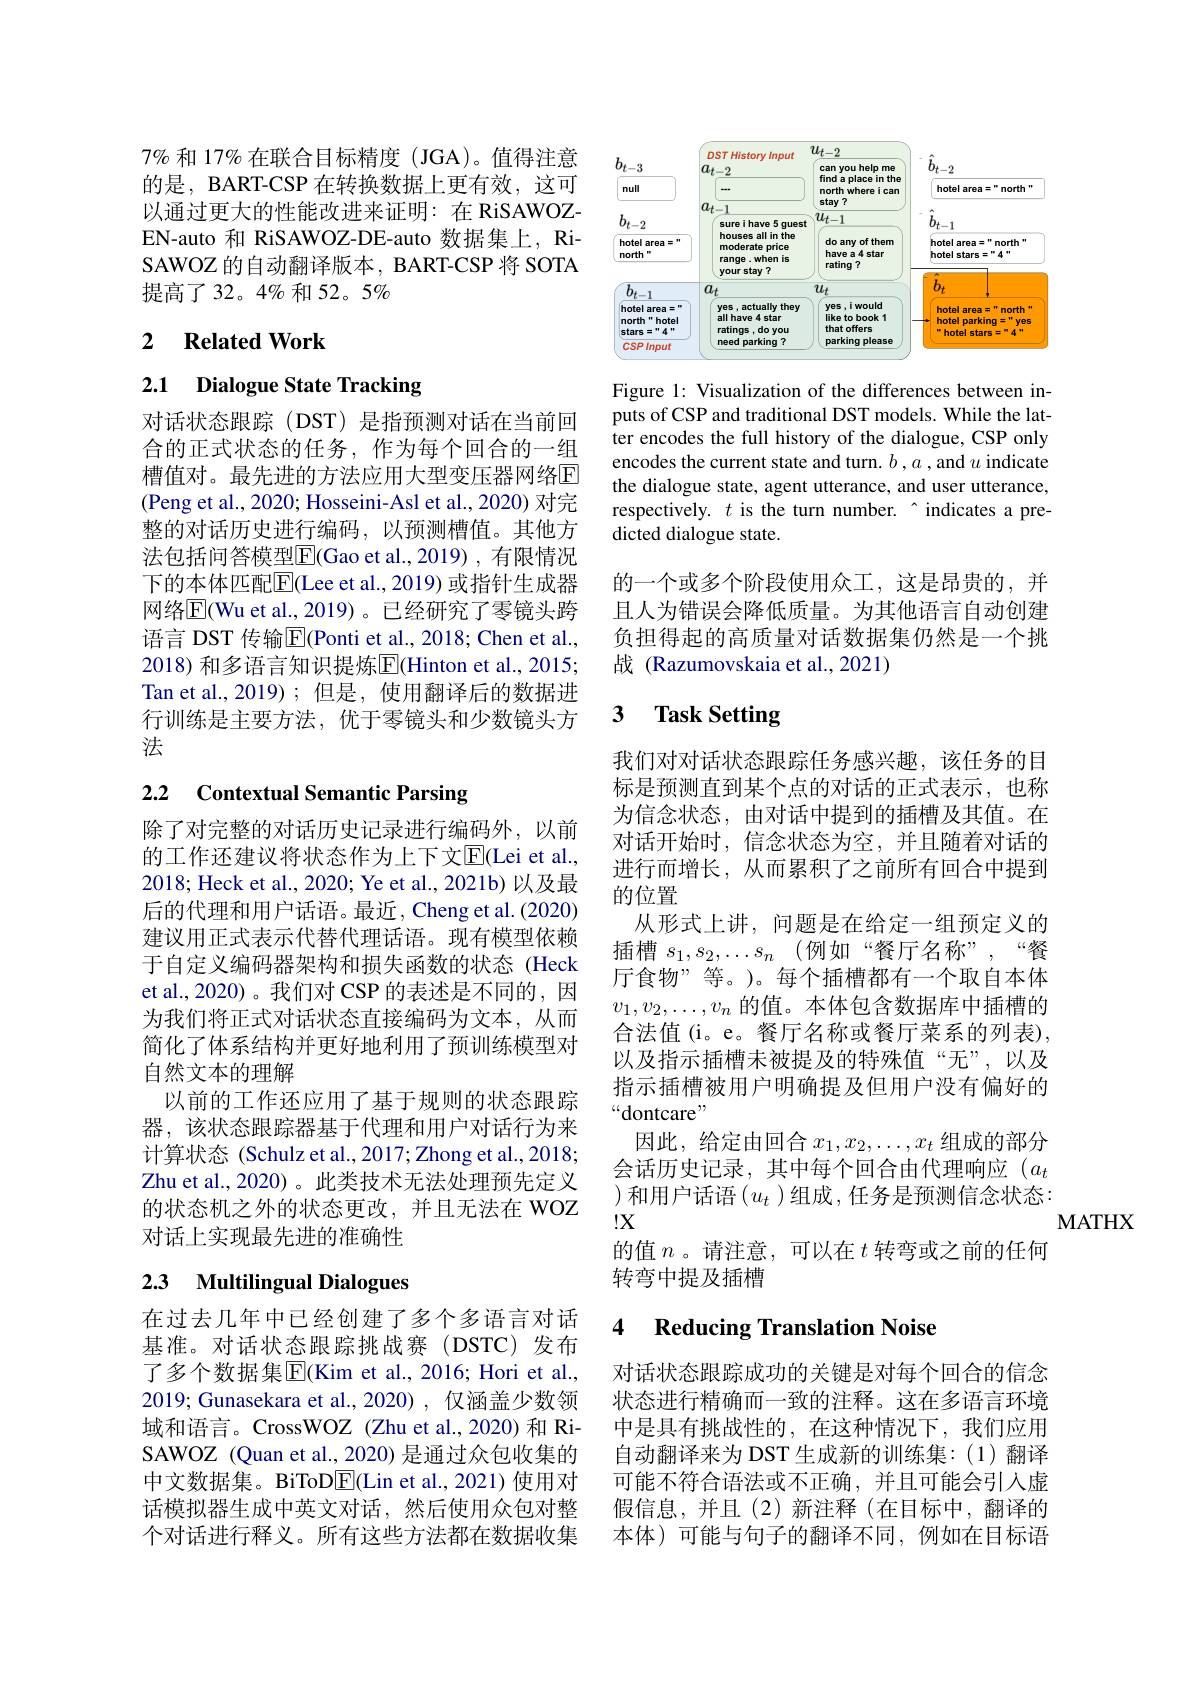
$7\%$和 17% 在联合目标精度 (JGA)。值得注意的是，BART-CSP 在转换数据上更有效，这可以通过更大的性能改进来证明：在 RiSAWOZEN-auto 和 RiSAWOZ-DE-auto 数据集上，RiSAWOZ 的自动翻译版本，BART-CSP 将 SOTA 提高了32。4%和52。5%

## 2 $\textbf{Related Work}$

2.1 Dialogue State Tracking

对话状态跟踪(DST)是指预测对话在当前回合的正式状态的任务，作为每个回合的一组槽值对。最先进的方法应用大型变压器网络E (Peng et al., 2020; Hosseini-Asl et al., 2020) 对完整的对话历史进行编码，以预测槽值。其他方法包括问答模型$\overline{\mathrm{E}}($Gao et al.,2019),有限情况下的本体匹配$\overline{\mathrm{E}}($Lee et al., 2019) 或指针生成器网络$\overline{\mathrm{E}}($Wu et al.,2019)。已经研究了零镜头跨语言 DST 传输$\overline{\mathrm{E}}$(Ponti et al., 2018; Chen et al., 2018) 和多语言知识提炼$\overline{\mathrm{E}}($Hinton et al., 2015; Tan et al.,2019);但是，使用翻译后的数据进行训练是主要方法，优于零镜头和少数镜头方法

# 2.2 Contextual Semantic Parsing

除了对完整的对话历史记录进行编码外，以前的工作还建议将状态作为上下文$\overline{\mathrm{E}}($Lei et al. 2018; Heck et al., 2020; Ye et al., 2021b) 以及最后的代理和用户话语。最近，Cheng et al.(2020) 建议用正式表示代替代理话语。现有模型依赖于自定义编码器架构和损失函数的状态(Heck et al., 2020)。我们对 CSP 的表述是不同的，因为我们将正式对话状态直接编码为文本，从而简化了体系结构并更好地利用了预训练模型对自然文本的理解
以前的工作还应用了基于规则的状态跟踪器，该状态跟踪器基于代理和用户对话行为来计算状态 (Schulz et al., 2017; Zhong et al., 2018; Zhu et al.,2020)。此类技术无法处理预先定义的状态机之外的状态更改，并且无法在 WOZ 对话上实现最先进的准确性

# 2.3 Multilingual Dialogues

在过去几年中已经创建了多个多语言对话基准。对话状态跟踪挑战赛(DSTC)发布了多个数据集$\overline{\mathrm{E}}($Kim et al.,2016; Hori et al., 2019; Gunasekara et al., 2020), 仅涵盖少数领域和语言。CrossWOZ (Zhu et al.,2020) 和 RiSAWOZ (Quan et al., 2020) 是通过众包收集的中文数据集。BiToD$\overline{\mathrm{E}}($Lin et al.,2021)使用对话模拟器生成中英文对话，然后使用众包对整个对话进行释义。所有这些方法都在数据收集

<FigureHere>

Figure 1: Visualization of the differences between inputs of CSP and traditional DST models. While the latter encodes the full history of the dialogue, CSP only encodes the current state and turn. $b,a$ ,and $u$ indicate the dialogue state, agent utterance, and user utterance, respectively. $t$ is the turn number.~~indicates a predicted dialogue state.

的一个或多个阶段使用众工，这是昂贵的，并且人为错误会降低质量。为其他语言自动创建负担得起的高质量对话数据集仍然是一个挑战 (Razumovskaia et al.,2021)

### 3 $\textbf{Task Setting}$

我们对对话状态跟踪任务感兴趣，该任务的目标是预测直到某个点的对话的正式表示，也称为信念状态，由对话中提到的插槽及其值。在对话开始时，信念状态为空，并且随着对话的进行而增长，从而累积了之前所有回合中提到的位置
从形式上讲，问题是在给定一组预定义的插槽$s_1,s_2,\ldots s_n$ (例如“餐厅名称”,“餐厅食物”等。)。每个插槽都有一个取自本体$v_1,v_2,\ldots,v_n$的值。本体包含数据库中插槽的合法值(i。e。餐厅名称或餐厅菜系的列表), 以及指示插槽未被提及的特殊值“无”,以及指示插槽被用户明确提及但用户没有偏好的“dontcare”
因此，给定由回合$x_1,x_2,\ldots,x_t$组成的部分会话历史记录，其中每个回合由代理响应$(a_t$ )和用户话语$\left(u_t\right)$组成，任务是预测信念状态： $!X$
的值$n$。请注意，可以在$t$转弯或之前的任何
转弯中提及插槽

MATHX

### 4 $\textbf{Reducing Translation Noise}$

对话状态跟踪成功的关键是对每个回合的信念状态进行精确而一致的注释。这在多语言环境中是具有挑战性的，在这种情况下，我们应用自动翻译来为 DST 生成新的训练集：(1)翻译可能不符合语法或不正确，并且可能会引入虚假信息，并且(2)新注释(在目标中，翻译的本体)可能与句子的翻译不同，例如在目标语